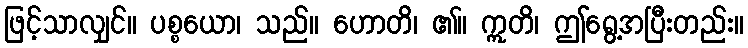
ဖြင့်သာလျှင်။ ပစ္စယော၊ သည်။ ဟောတိ၊ ၏။ ဣတိ၊ ဤရွေ့အပြီးတည်း။